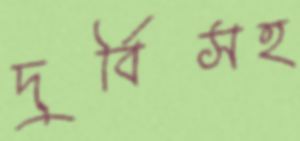
দুর্বিসহ